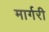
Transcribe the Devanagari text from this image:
मार्गरी